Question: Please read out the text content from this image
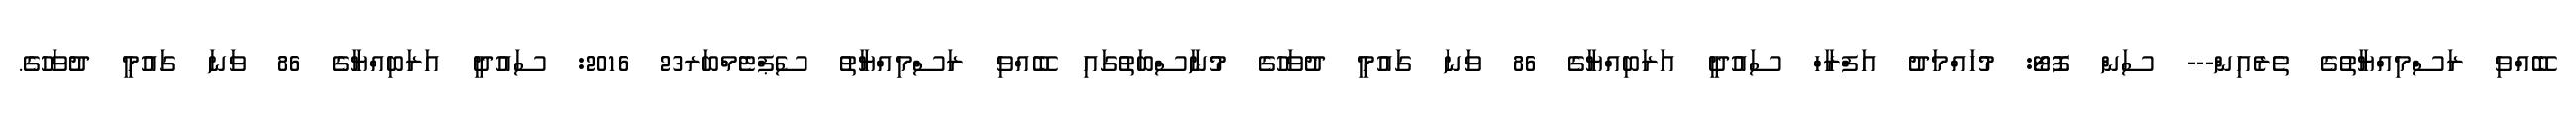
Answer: ބޭއްވި ރަސްމިއްޔާތުގެ ތެރެއިން--- ސަން ފޮޓޯ: މުހައްމަދު އަފްރާހް ސައުދީ އަރަބިއްޔާގެ 86 ވަނަ ގައުމީ ދުވަހުގެ މުނާސްބަތުގައި ބޭއްވި ރަސްމިއްޔާތު ސެޕްޓެމްބަރ23 2016: ސައުދީ އަރަބިއްޔާގެ 86 ވަނަ ގައުމީ ދުވަހުގެ.